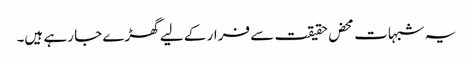
یہ شبہات محض حقیقت سے فرار کے لیے گھڑے جا رہے ہیں۔